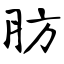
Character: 肪